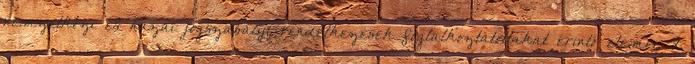
nemzetközi és hazai jogszabályi rendelkezések foglalkoztatottakat érintő elemei, d